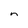
Character: m